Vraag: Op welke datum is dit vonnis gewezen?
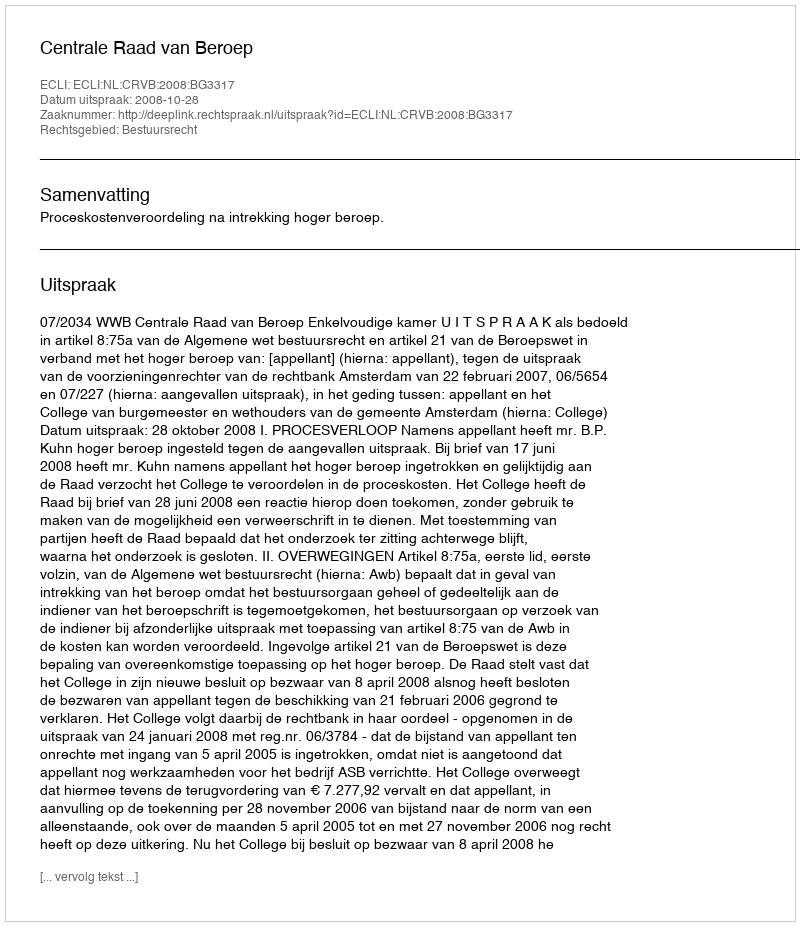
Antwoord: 2008-10-28